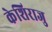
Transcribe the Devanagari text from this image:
केशिराजु